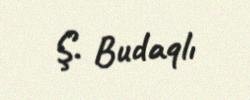
Ş. Budaqlı